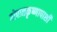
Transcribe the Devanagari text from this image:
गोपाळकृष्णापाशी